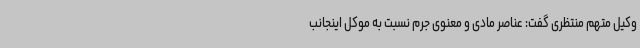
وکیل متهم منتظری گفت: عناصر مادی و معنوی جرم نسبت به موکل اینجانب